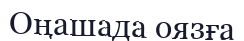
Оңашада оязға